Lunatic asylums Central Provinces reports 1886-1894 - 1886-1894
Year: 1886
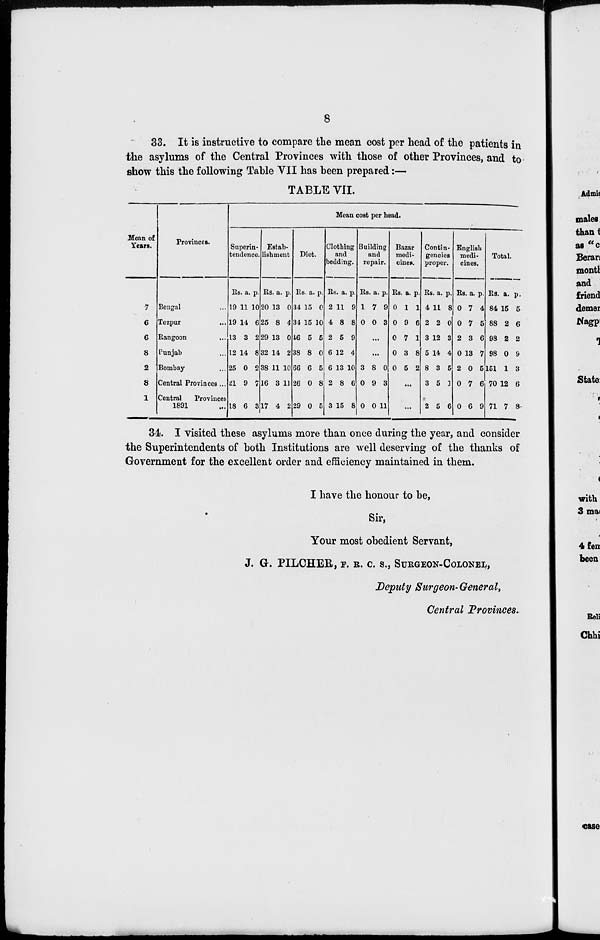
8
33. It is instructive to compare the mean cost per head of the patients in
the asylums of the Central Provinces with those of other Provinces, and to
show this the following Table VII has been prepared:—
TABLE VII.
Mean of
Years.
7
6
6
8
2
8
1
Provinces.
Bengal ...
Tezpur ...
Rangoon ...
Punjab ...
Bombay ...
Central Provinces ...
Central
Provinces
1891 ...
Mean cost per head.
Superin-
tendence.
Rs.
19
19
13
12
25
21
18
a.
11
14
3
14
0
9
6
p.
10
6
2
8
2
7
3
Estab-
lishment
Rs.
20
25
29
32
38
16
17
a.
13
8
13
14
11
3
4
p.
0
4
0
2
10
11
2
Diet.
Rs.
34
34
46
38
66
26
29
a.
15
15
5
8
6
0
0
p.
0
10
5
0
5
8
5
Clothing
and
bedding.
Rs.
2
4
2
6
6
2
3
a.
11
8
5
12
13
8
15
p.
9
8
9
4
10
6
8
Building
and
repair.
Rs.
1
0
a.
7
0
p.
9
3
...
...
3
0
0
8
9
0
0
3
11
Bazar
medi-
cines.
Rs.
0
0
0
0
0
a.
1
9
7
3
5
p.
1
6
1
8
2
...
...
Contin-
gencies
proper.
Rs.
4
2
3
5
8
3
2
a.
11
2
12
14
3
5
5
p.
8
0
3
4
5
1
6
English
medi-
cines.
Rs.
0
0
2
0
2
0
0
a.
7
7
3
13
0
7
6
p.
4
5
6
7
5
6
9
Total.
Rs.
84
88
98
98
151
70
71
a.
15
2
2
0
1
12
7
p.
5
6
2
9
3
6
8
34. I visited these asylums more than once during the year, and consider
the Superintendents of both Institutions are well deserving of the thanks of
Government for the excellent order and efficiency maintained in them.
I have the honour to be,
Sir,
Your most obedient Servant,
J. G. PILCHER, F. R. C. S., SURGEON-COLONEL,
Deputy Surgeon-General,
Central Provinces.